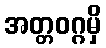
အတ္တဝဂ္ဂမှိ